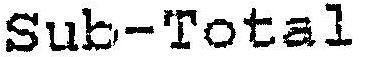
SUB-TOTAL